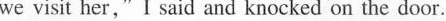
we visit her,"I said and knocked on the door.